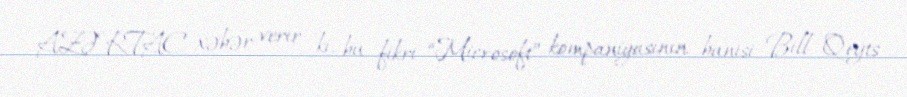
AZƏRTAC xəbər verir ki, bu fikri “Microsoft” kompaniyasının banisi Bill Qeyts